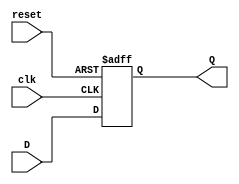
`timescale 1ns / 1ps
//////////////////////////////////////////////////////////////////////////////////
// Company: 
// Engineer: 
// 
// Design Name: 
// Module Name: DB_8asyncrst
// Project Name: 
// Target Devices: 
// Tool Versions: 
// Description: 
// 
// Dependencies: 
// 
// Revision:
// Revision 0.01 - File Created
// Additional Comments:
// 
//////////////////////////////////////////////////////////////////////////////////

module DB_8asyncrst (reset, clk, D, Q);
input reset;
input clk;
input [7:0] D;
output [7:0] Q;
reg [7:0] Q;
always @(posedge clk or posedge reset)
if (reset)
Q = 0;
else
Q = D;
endmodule